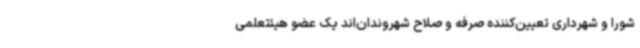
شورا و شهرداری تعیین‌کننده صرفه و صلاح شهروندان‌اند یک عضو هیئتعلمی